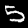
Digit: 5